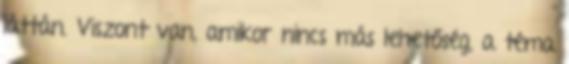
láttán. Viszont van, amikor nincs más lehetőség, a téma